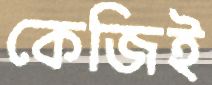
কেজিই